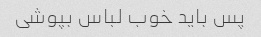
پس باید خوب لباس بپوشی